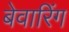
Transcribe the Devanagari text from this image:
बेवारिंग